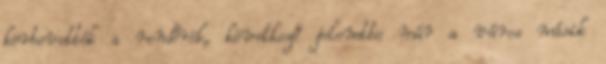
körbevették a rendőrök, következő jelenetbe már a város másik